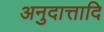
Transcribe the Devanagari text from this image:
अनुदात्तादि